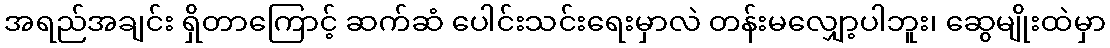
အရည်အချင်း ရှိတာကြောင့် ဆက်ဆံ ပေါင်းသင်းရေးမှာလဲ တန်းမလျှော့ပါဘူး၊ ဆွေမျိုးထဲမှာ